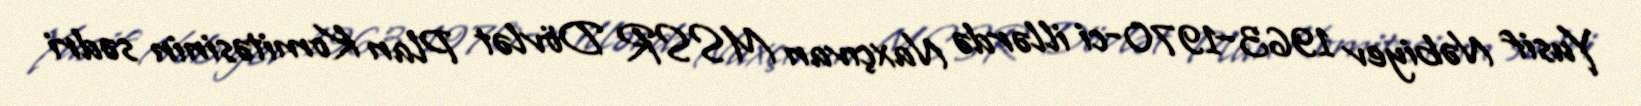
Yusif Nəbiyev 1963–1970-ci illərdə Naxçıvan MSSR Dövlət Plan Komitəsinin sədri